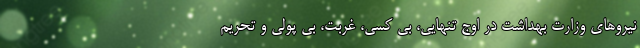
نیروهای وزارت بهداشت در اوج تنهایی، بی کسی، غربت، بی پولی و تحریم